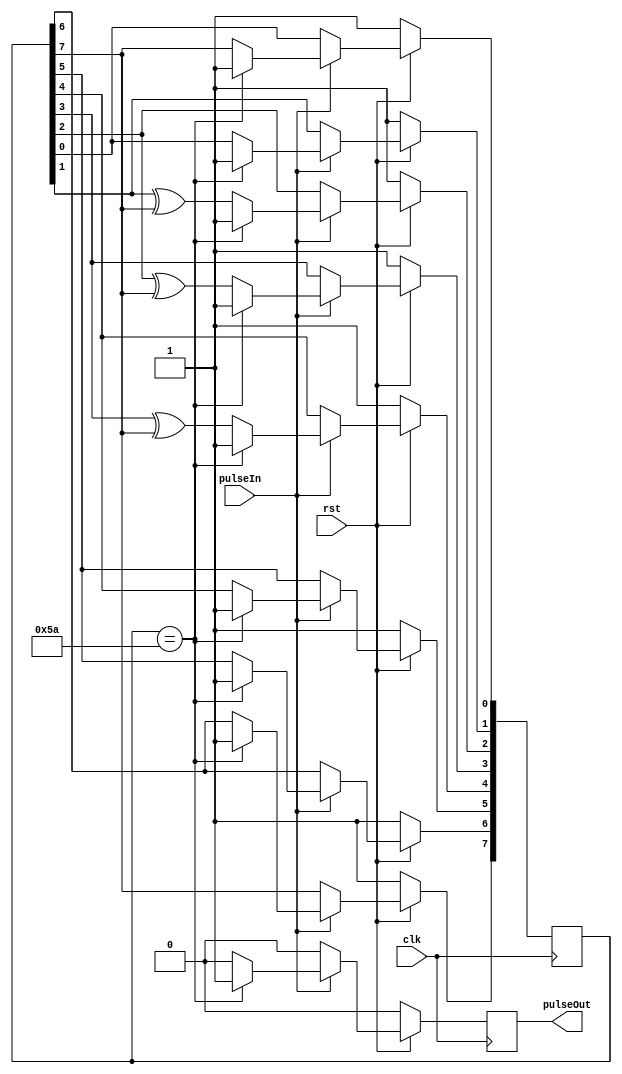
/*
100 microsecond timer works. pulseIn needs to come from microsecondTimer
*/

module hundredMicrosecondTimer(pulseIn, clk, rst, pulseOut);

	input pulseIn, clk, rst;
	output wire pulseOut;
	reg pulse;

	reg [7:0] LFSR;
  	wire feedback = LFSR[7];


	always @ (posedge clk)
		begin
			if(rst == 0)
				begin
					LFSR <= 8'b11111111;
					pulse <= 0;
				end
			else 
				begin
					if(pulseIn == 1)
						begin
							if(LFSR == 8'b01011010)
								begin
									LFSR <= 8'b11111111;
									pulse <= 1;
								end
							else 
								begin
									LFSR[0] <= feedback;
		    						LFSR[1] <= LFSR[0];
		    						LFSR[2] <= LFSR[1] ^ feedback;
		    						LFSR[3] <= LFSR[2] ^ feedback;
		    						LFSR[4] <= LFSR[3] ^ feedback;
		    						LFSR[5] <= LFSR[4];
								    LFSR[6] <= LFSR[5];
								    LFSR[7] <= LFSR[6];
									pulse <= 0;
								end
						end
					else 
						begin
							pulse <= 0;
						end
				end
		end
	assign pulseOut = pulse;
endmodule